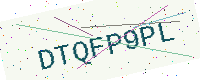
Text: DTQFP9PL